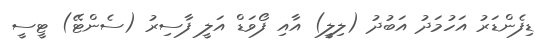
ޑިފެންޑަރު އަހުމަދު އަބުދު (ލިލީ) އާއި ފޯވަޑް އަލީ ފާސިރު (ސެންޓޭ) ޓީސީ